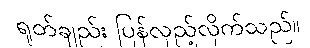
ရုတ်ချည်း ပြန်လှည့်လိုက်သည်။